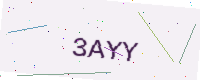
Text: 3AYY